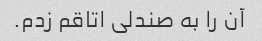
آن را به صندلی اتاقم زدم.